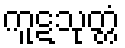
ကူဋသုတ္တံ